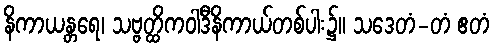
နိကာယန္တရေ၊ သဗ္ဗတ္ထိကဝါဒီနိကာယ်တစ်ပါး၌။ သဒေတံ-တံ ဧတံ